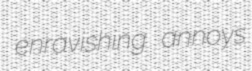
enravishing annoys